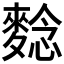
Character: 𪌿